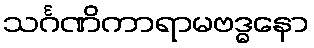
သင်္ဂဏိကာရာမဗဒ္ဓနော